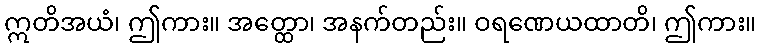
ဣတိအယံ၊ ဤကား။ အတ္ထော၊ အနက်တည်း။ ဝရဏေယထာတိ၊ ဤကား။